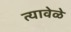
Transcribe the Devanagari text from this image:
त्यावेळे